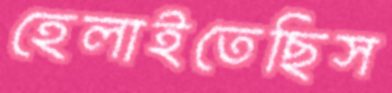
হেলাইতেছিস